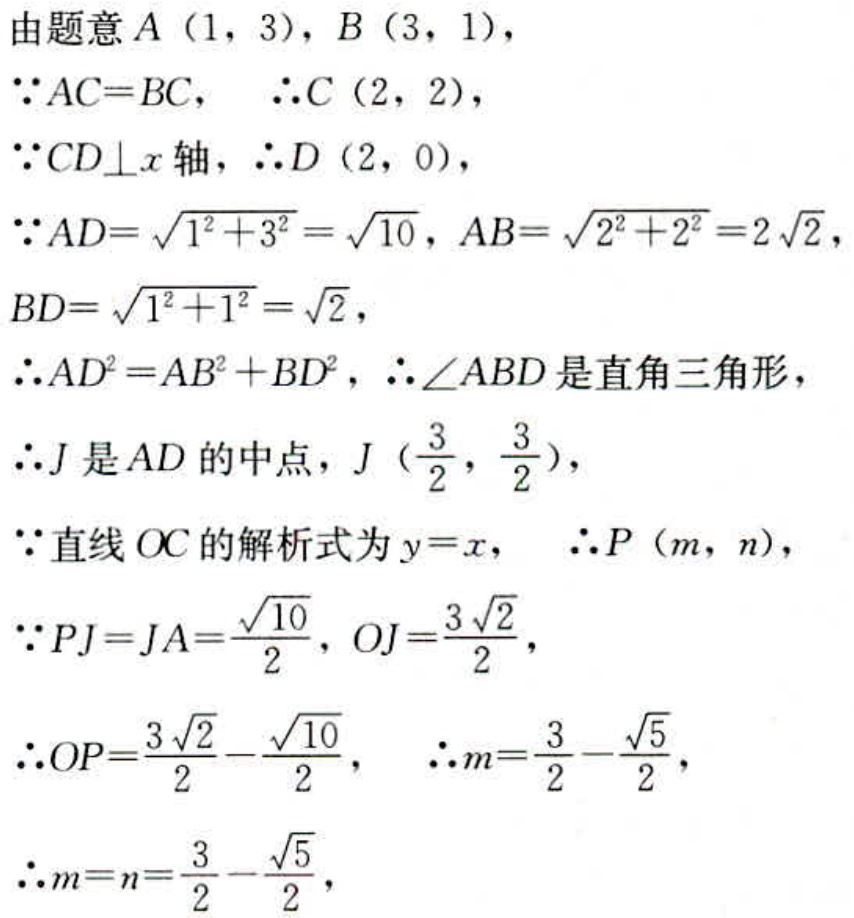
由题意\(A(1,3)\)，\(B(3,1)\)，
\(\because AC = BC\)，\(\therefore C(2,2)\)，
\(\because CD\perp x\)轴，\(\therefore D(2,0)\)，
\(\because AD=\sqrt{1^{2}+3^{2}}=\sqrt{10}\)，\(AB = \sqrt{2^{2}+2^{2}}=2\sqrt{2}\)，\(BD=\sqrt{1^{2}+1^{2}}=\sqrt{2}\)，
\(\therefore AD^{2}=AB^{2}+BD^{2}\)，\(\therefore \angle ABD\)是直角三角形，
\(\therefore J\)是\(AD\)的中点，\(J(\frac{3}{2},\frac{3}{2})\)，
\(\because\)直线\(OC\)的解析式为\(y = x\)，\(\therefore P(m,n)\)，
\(\because PJ = JA=\frac{\sqrt{10}}{2}\)，\(OJ=\frac{3\sqrt{2}}{2}\)，
\(\therefore OP=\frac{3\sqrt{2}}{2}-\frac{\sqrt{10}}{2}\)，\(\therefore m=\frac{3}{2}-\frac{\sqrt{5}}{2}\)，
\(\therefore m = n=\frac{3}{2}-\frac{\sqrt{5}}{2}\)，